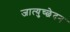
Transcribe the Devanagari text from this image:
जात्युच्छेदन